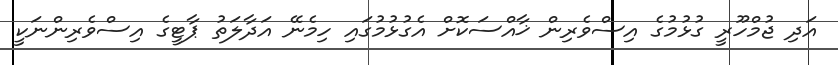
އަދި ޖުމްހޫރީ ގުޅުމުގެ އިސްވެރިން ޚާއްސަކޮށް އެގުޅުމުގައި ހިމެނޭ އަދާލަތު ޕާޓީގެ އިސްވެރިންނަކީ